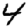
Digit: 4